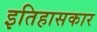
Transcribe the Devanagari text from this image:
इतिहासकार